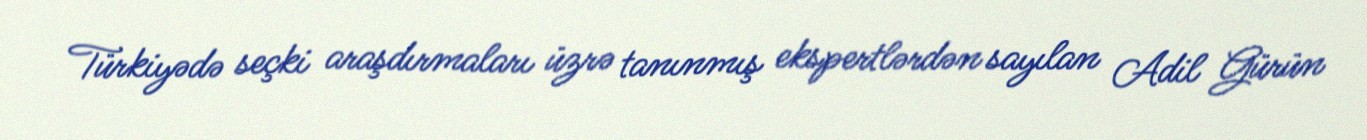
Türkiyədə seçki araşdırmaları üzrə tanınmış ekspertlərdən sayılan Adil Gürün